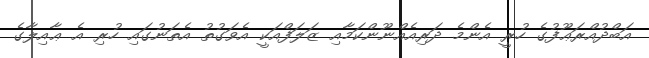
އަބްދުއްރަޢޫފުގެ ހުރީ އެންމެ ދަރިއެއްނޫންކަމާއި ޒަލަފްއަކީ އެވަގުތު އެތަނުގައި ހުރި އެ ޢާއިލާގެ